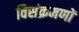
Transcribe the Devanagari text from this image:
विसंक्रमणों